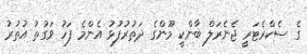
ގެ ސެކްރެޓަރީ ޖެނެރަލް ބާންކީ މޫންގެ ދަތުރުފުޅު އެންމެ ފަހު ވަގުތު އުތުރު